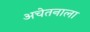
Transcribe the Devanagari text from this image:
अचेतनाला